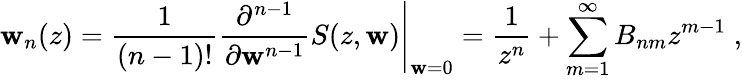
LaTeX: \mathbf{w}_{n}(z)=\left.\frac{{1}}{{(n-1)!}}\frac{{\partial^{n-1}}}{{\partial\mathbf{w}^{n-1}}}S(z,\mathbf{w})\right|_{\mathbf{w}=0}=\frac{{1}}{{z^{n}}}+\sum_{m=1}^{\infty}B_{nm}z^{m-1}\; ,